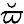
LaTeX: \breve{\varpi}